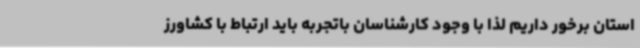
استان برخور داریم لذا با وجود کارشناسان باتجربه باید ارتباط با کشاورز